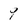
Character: 9